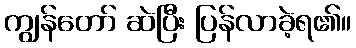
ကျွန်တော် ဆဲပြီး ပြန်လာခဲ့ရ၏။